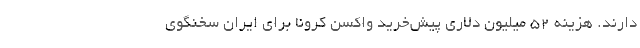
دارند. هزینه ۵۲ میلیون دلاری پیش‌‌خرید واکسن کرونا برای ایران سخنگوی